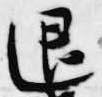
退